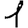
Digit: 1